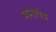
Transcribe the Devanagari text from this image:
मनोयंत्र